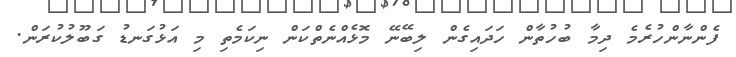
ފެންނާންހުރެމެ ދިމާ ބުހުތާން ހަދައިގެން ލިބޭނޭ މޮޅެއްނެތްކަން ނިކަމެތި މި އަޅުގަނޑު ގަބޫލުކުރަން.